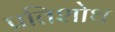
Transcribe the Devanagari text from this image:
प्रतिशोथ